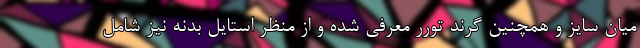
میان سایز و همچنین گرند تورر معرفی شده و از منظر استایل بدنه نیز شامل